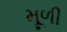
મૂળી